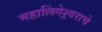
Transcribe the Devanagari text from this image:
महालिंगेश्र्वराचे